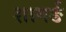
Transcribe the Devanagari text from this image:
शागर्ङ